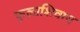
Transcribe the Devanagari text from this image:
फुलाशिवाय